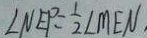
\angle N E P = \frac { 1 } { 2 } \angle M E N .